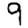
Digit: 9